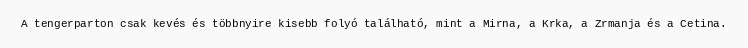
A tengerparton csak kevés és többnyire kisebb folyó található, mint a Mirna, a Krka, a Zrmanja és a Cetina.